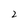
Character: 2